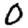
Digit: 0